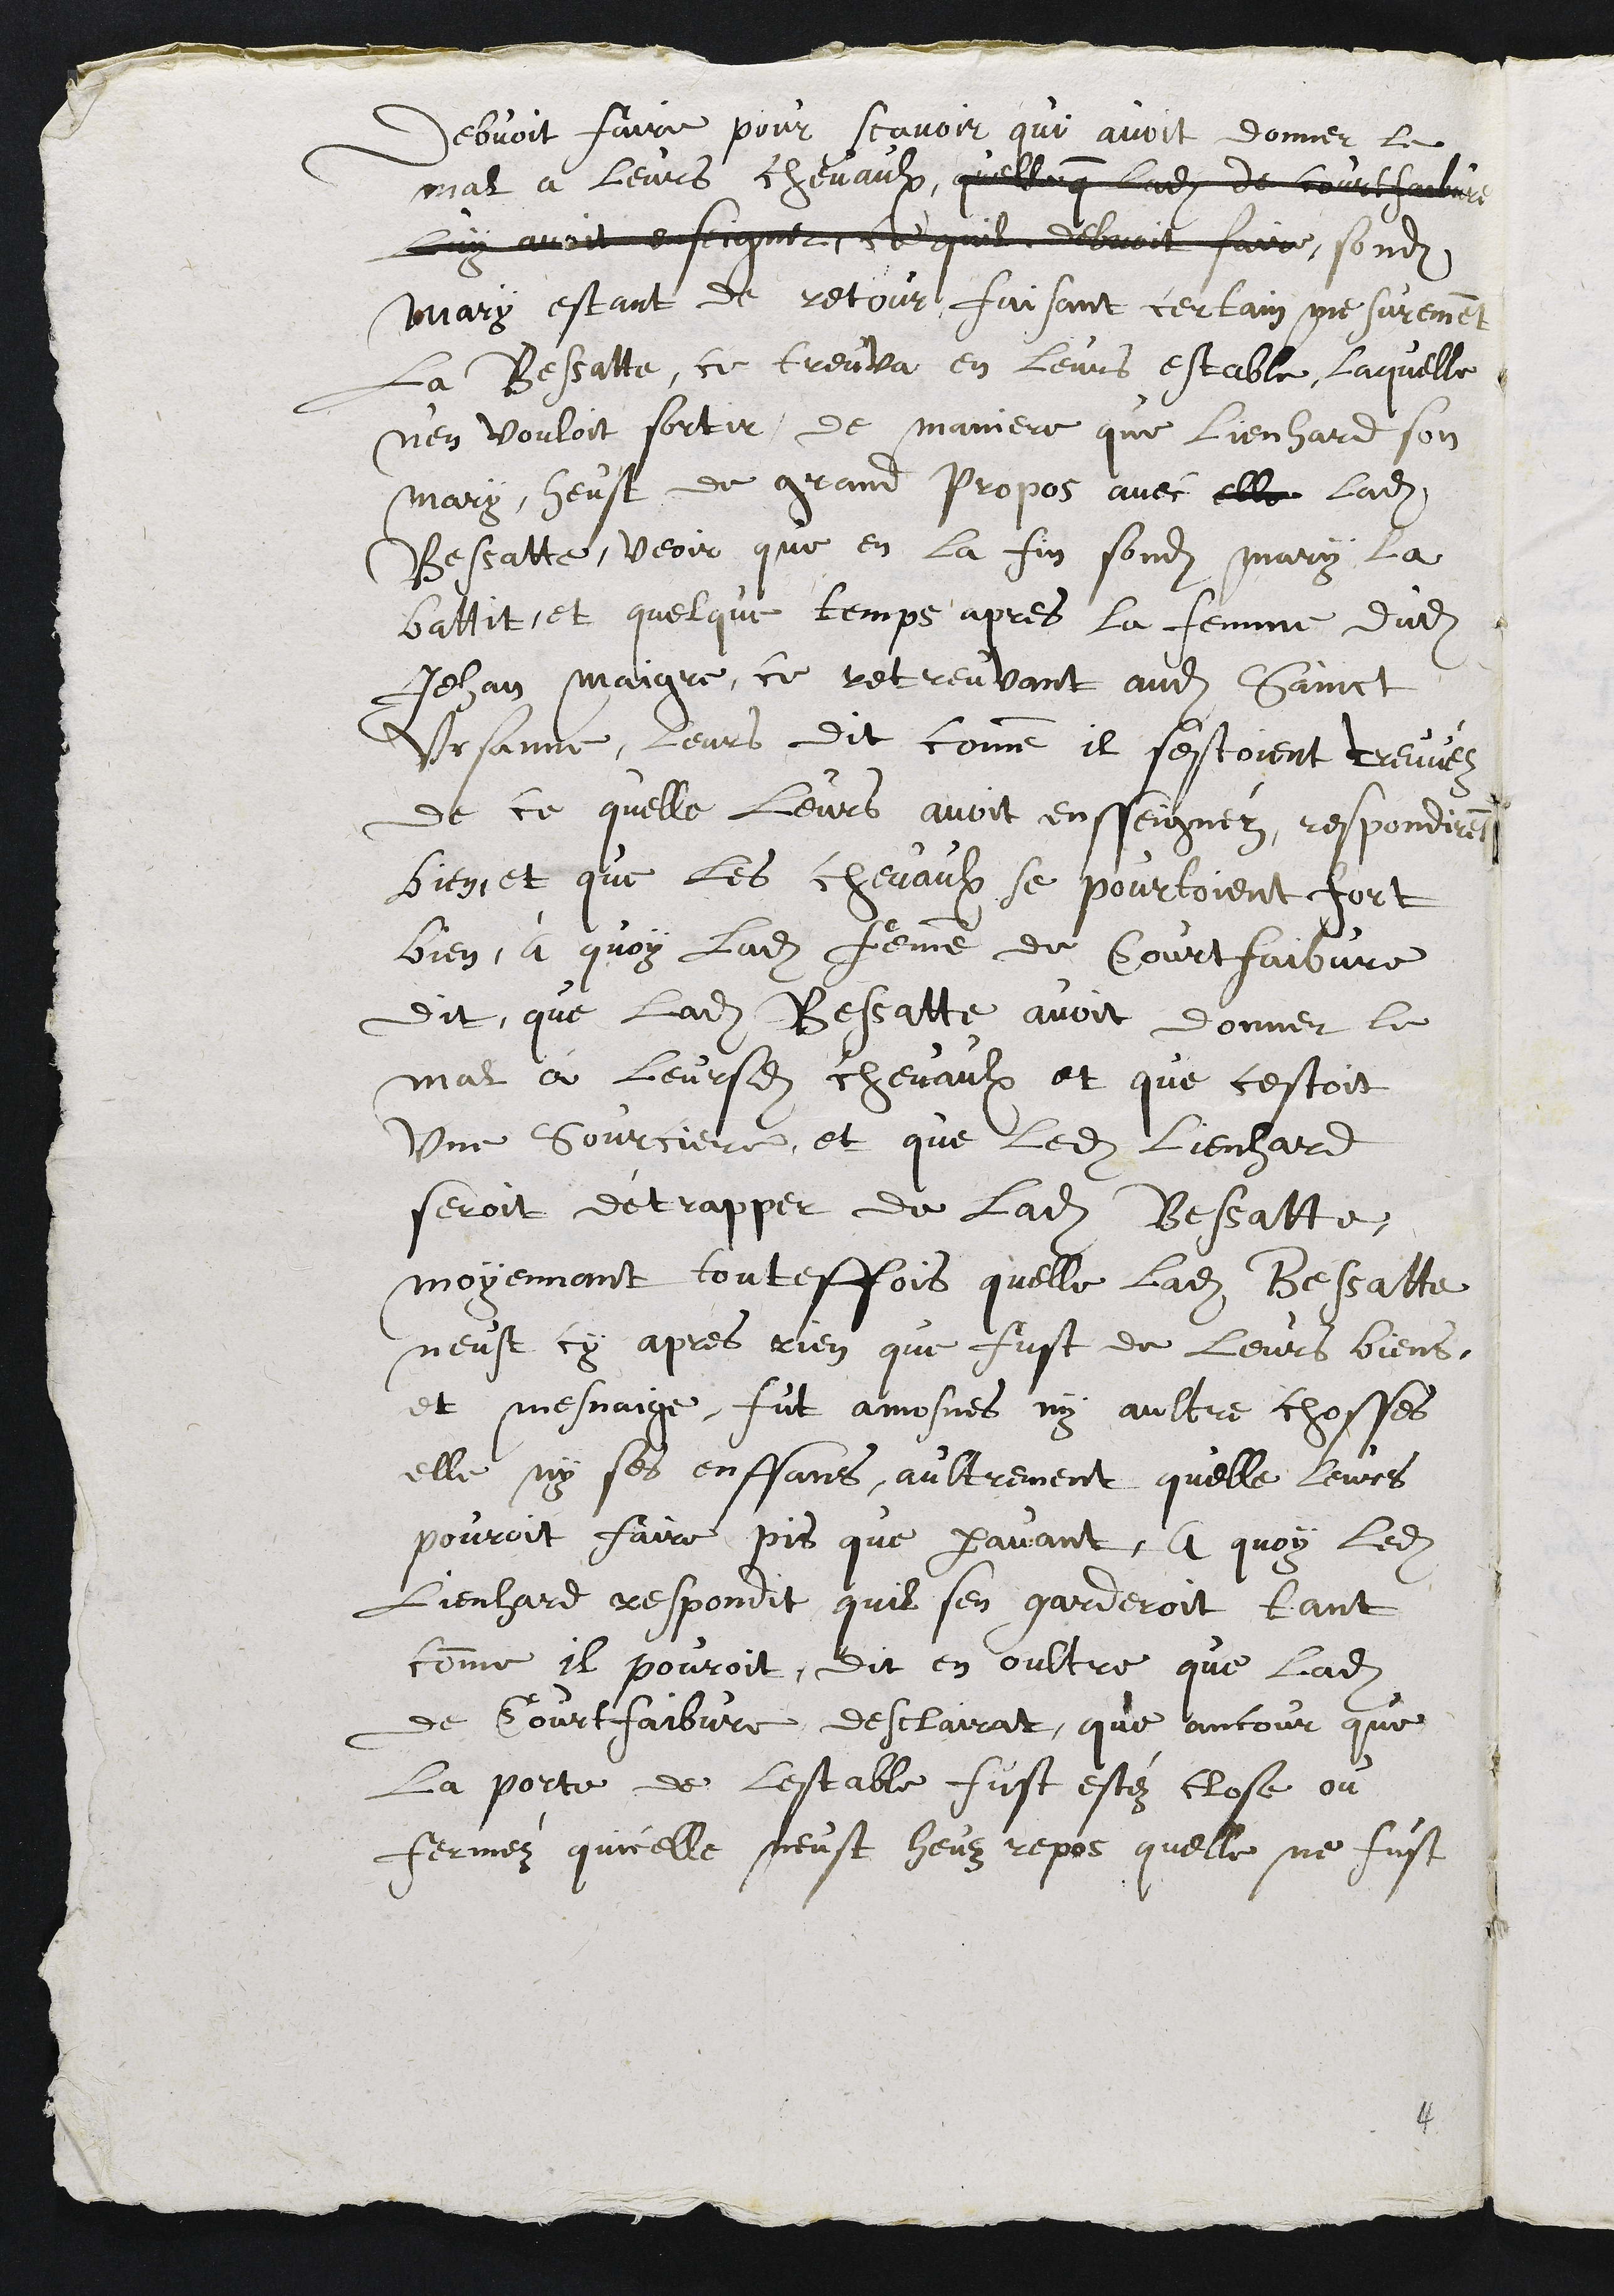
devait faire pour savoir qui avait donné le
mal à leurs chevaux, xxxxxxxxxxxxxxxxxxxxx
xxxxxxxxxxxxxxxxxxxxxxxxxxxxxxxxxxxxxx, sondit
mari étant de retour, faisant certains mesurements,
la Bessatte se trouva en leur étable, laquelle
n'en voulait sortir, de manière que Lienhard son
mari eut de grands propos avec ladite
Bessatte, voire qu'en la fin sondit mari la
bat-ti-t. Et quelques temps après, la femme dudit
Jean Maigre, se retrouvant audit Saint-
Ursanne, leur dit comment ils s'étaient trouvés
de ce qu'elle leur avait enseigné. Répondirent
bien et que les chevaulx se pourtoient fort
bien, à quoy ladite femme de Courtfaibvre
dit que ladite Bessatte avait donné le
mal à leurs chevaux, et que c'était
une sorcière, et que ledit Lienhard
serait détrapê de ladite Bessatte
moyennant toutefois qu'elle, ladite Bessatte,
n'eut ci-après rien qui fut de leurs biens
et ménage, fut amone, ni autre chose,
elle ni ses enfants, autrement qu'elle leur
pourrait faire pis qu'auparavant. A quoi ledit
Lienhard répondit qu'il s'en garderait tant
comme il pourrait. Dit en outre que ladite
de Courtfaibvre déclarant qu'encore que
la porte de l'étable ai-t été close ou
fermée, qu'icelle n'eut eu repos qu'elle ne fut